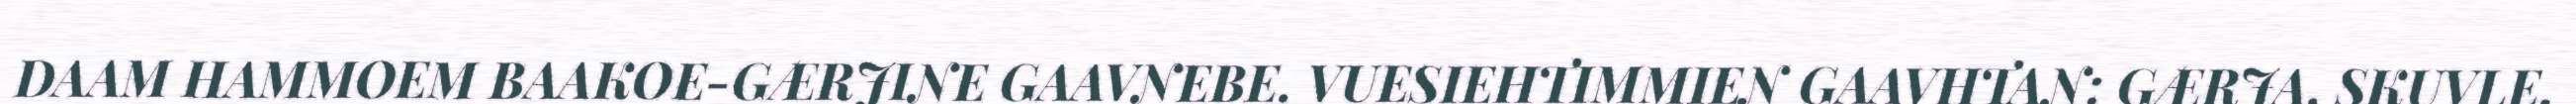
DAAM HAMMOEM BAAKOE-GÆRJINE GAAVNEBE. VUESIEHTIMMIEN GAAVHTAN: GÆRJA, SKUVLE,